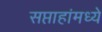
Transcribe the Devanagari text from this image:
सप्ताहांमध्ये